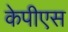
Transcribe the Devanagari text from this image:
केपीएस